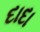
દાદા